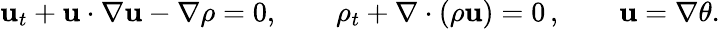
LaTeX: \mathbf{u}_{t}+\mathbf{u}\cdot\nabla\mathbf{u}-\nabla\rho=0,\qquad\rho_{t}+\nabla\cdot(\rho\mathbf{u})=0\, ,\qquad\mathbf{u}=\nabla\theta.